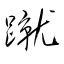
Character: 蹴